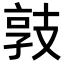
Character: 𢻓